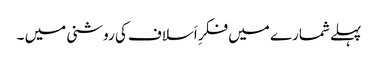
پہلے شمارے میں فکرِ اَسلاف کی روشنی میں ۔